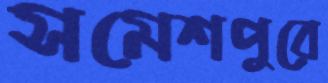
সমেশপুরে